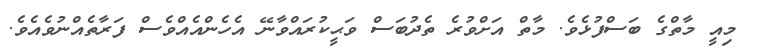
މިއީ މާތްގެ ބަސްފުޅެވެ. މާތް އަށްވުރެ ތެދުބަސް ވަޙީކުރައްވާނޭ އެހެންއެއްވެސް ފަރާތެއްނުވެއެވެ.